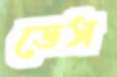
ডেস